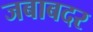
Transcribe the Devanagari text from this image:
जबाबदर